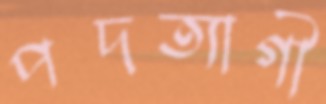
পদত্যাগী